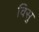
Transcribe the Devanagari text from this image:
विसु